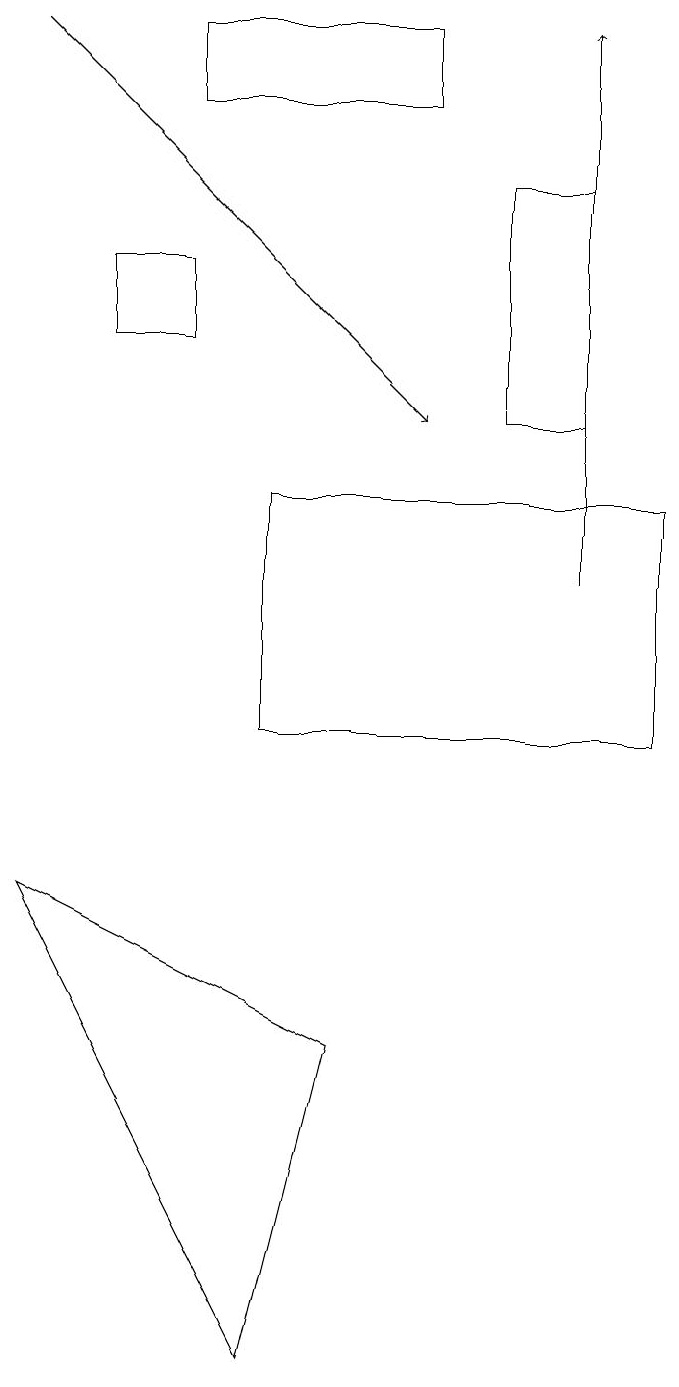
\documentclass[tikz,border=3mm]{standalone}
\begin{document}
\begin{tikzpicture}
\draw[->] (8,12) -- (8,19);
\draw[->] (1,19) -- (6,14);
\draw (9,13) rectangle (4,10);
\draw (8,17) rectangle (7,14);
\draw (6,18) rectangle (3,19);
\draw (3,15) rectangle (2,16);
\draw (4,2) -- (5,6) -- (1,8) -- cycle;
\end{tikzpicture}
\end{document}